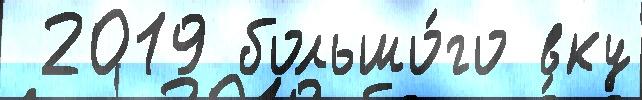
 2019 большо́го вку